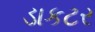
ડાકટર